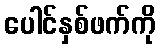
ပေါင်နှစ်ဖက်ကို